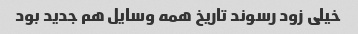
خیلی زود رسوند تاریخ همه وسایل هم جدید بود